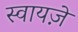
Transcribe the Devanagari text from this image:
स्वायज़े